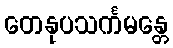
တေနုပသင်္ကမန္တေ